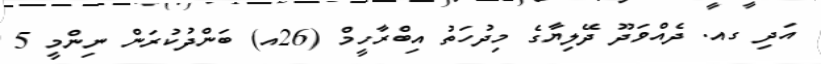
އަދި ގއ. ދެއްވަދޫ ދޭލިޔާގެ މިދުހަތު އިބްރާހީމް (26އ) ބަންދުކުރަން ނިންމީ 5